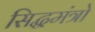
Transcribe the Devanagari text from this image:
सिद्धमंत्रो